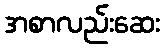
အစာလည်းဆေး